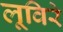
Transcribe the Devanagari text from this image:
लूविरे